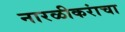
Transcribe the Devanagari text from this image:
नारळीकरांचा